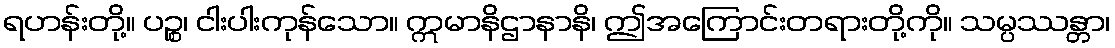
ရဟန်းတို့။ ပဉ္စ၊ ငါးပါးကုန်သော။ ဣမာနိဌာနာနိ၊ ဤအကြောင်းတရားတို့ကို။ သမ္ပဿန္တာ၊